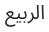
الربيع